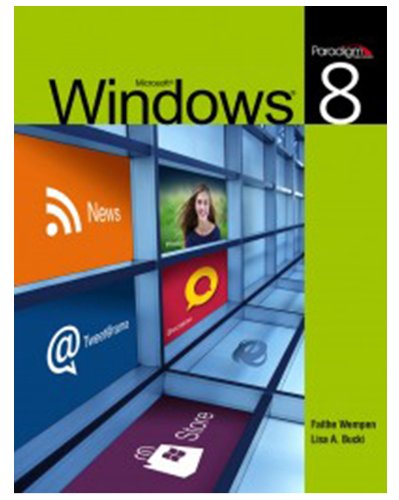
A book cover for Microsoft Windows 8; Faithe Wempen; Computers & Technology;